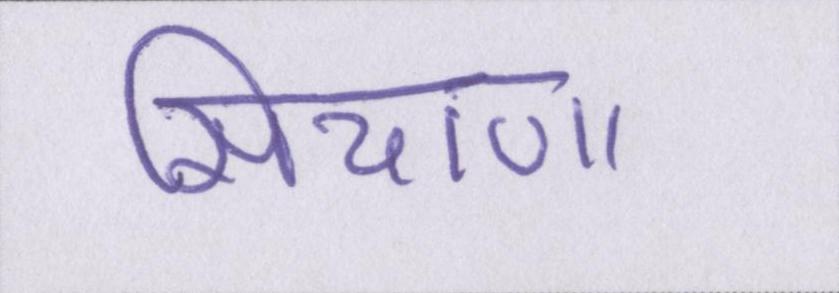
सियाणा